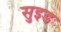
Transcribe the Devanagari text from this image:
सुइड